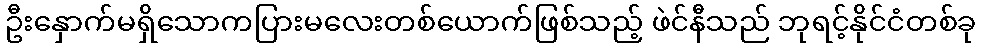
ဦးနှောက်မရှိသောကပြားမလေးတစ်ယောက်ဖြစ်သည့် ဖဲင်နီသည် ဘုရင့်နိုင်ငံတစ်ခု